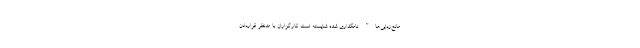
مانع‌زدایی‌ها" نامگذاری شده شایسته است کارگزاران با مدنظر قراردادن